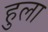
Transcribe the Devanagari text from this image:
हुला